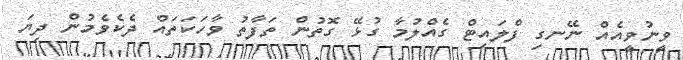
ވީނުވީއެއް ނޭނގި ފްލައިޓް ގެއްލުމާ ގުޅޭ ގޮތުން ތަފާތު ވާހަކަތައް ދެކެވެމުން ދިޔަ